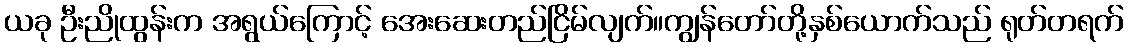
ယခု ဦးညိုထွန်းက အရွယ်ကြောင့် အေးဆေးတည်ငြိမ်လျက်။ကျွန်တော်တို့နှစ်ယောက်သည် ရုတ်တရက်